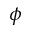
\phi